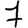
Digit: 7